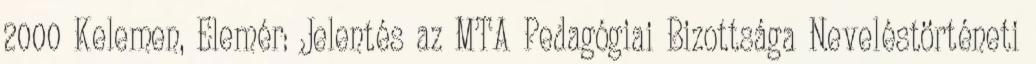
2000 Kelemen, Elemér: Jelentés az MTA Pedagógiai Bizottsága Neveléstörténeti